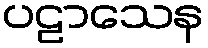
ပဠာသေန